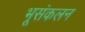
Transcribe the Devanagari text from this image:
भूसंकलन